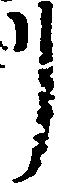
リ